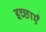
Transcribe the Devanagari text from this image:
इच्‍छाएँ